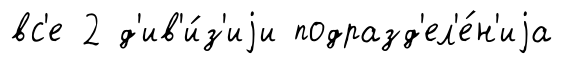
вс'е 2 д'ив'и́з'иjи подразд'ел'е́н'иjа